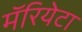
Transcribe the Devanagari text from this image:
मॅरियेटा